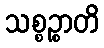
သစ္စဉ္စာတိ